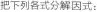
把下列各式分解因式：